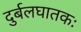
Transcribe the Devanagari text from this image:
दुर्बलघातकः